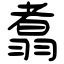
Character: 翥